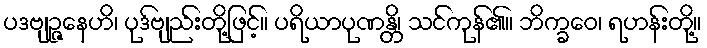
ပဒဗျဉ္ဇနေဟိ၊ ပုဒ်ဗျည်းတို့ဖြင့်။ ပရိယာပုဏန္တိ၊ သင်ကုန်၏။ ဘိက္ခဝေ၊ ရဟန်းတို့။